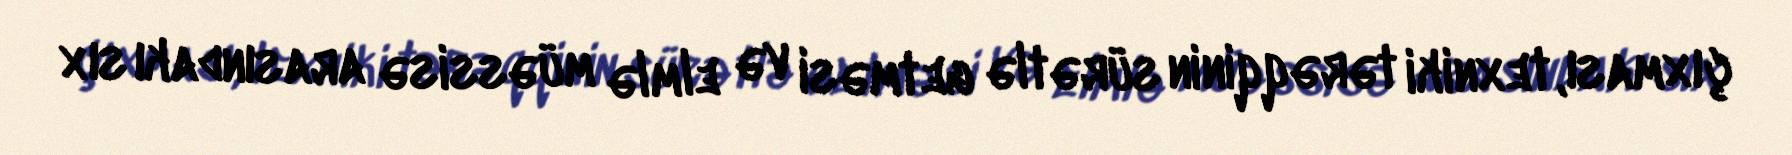
çıxması, texniki tərəqqinin sürətlə getməsi və elmlə müəssisə arasındakı sıx